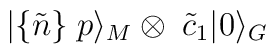
|\{ \tilde{n} \}\; p\rangle_M \otimes\; \tilde{c}_1|0\rangle_G